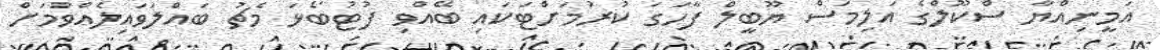
އަމީނިއްޔާ ސްކޫލްގެ އަލިމަސް ޔޫބީލް ފާހަގަ ކުރުމަށްޓަކައި ބޭއްވި ފުޓުބޯޅަ މެޗު ބައްލަވައިލެއްވުމަށް